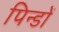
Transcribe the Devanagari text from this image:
पिन्डों